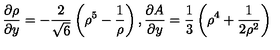
{ \frac { \partial \rho } { \partial y } } = - { \frac { 2 } { \sqrt { 6 } } } \left( \rho ^ { 5 } - { \frac { 1 } { \rho } } \right) , { \frac { \partial A } { \partial y } } = { \frac { 1 } { 3 } } \left( \rho ^ { 4 } + { \frac { 1 } { 2 \rho ^ { 2 } } } \right)